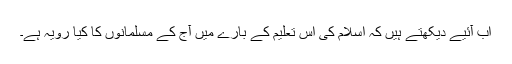
اب آئیے دیکھتے ہیں کہ اسلام کی اس تعلیم کے بارے میں آج کے مسلمانوں کا کیا رویہ ہے۔